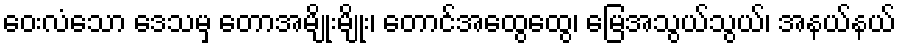
ဝေးလံသော ဒေသမှ တောအမျိုးမျိုး၊ တောင်အထွေထွေ၊ မြေအသွယ်သွယ်၊ အနယ်နယ်